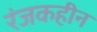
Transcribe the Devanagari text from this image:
रंजकहीन